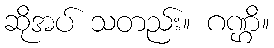
ဆိုအပ် သတည်း။ ဂဏ္ဌိ။